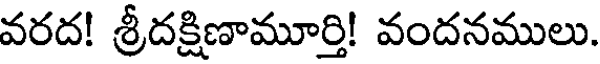
వరద! శ్రీదక్షిణామూర్తి! వందనములు.